Annual report of the Imperial Bacteriologist
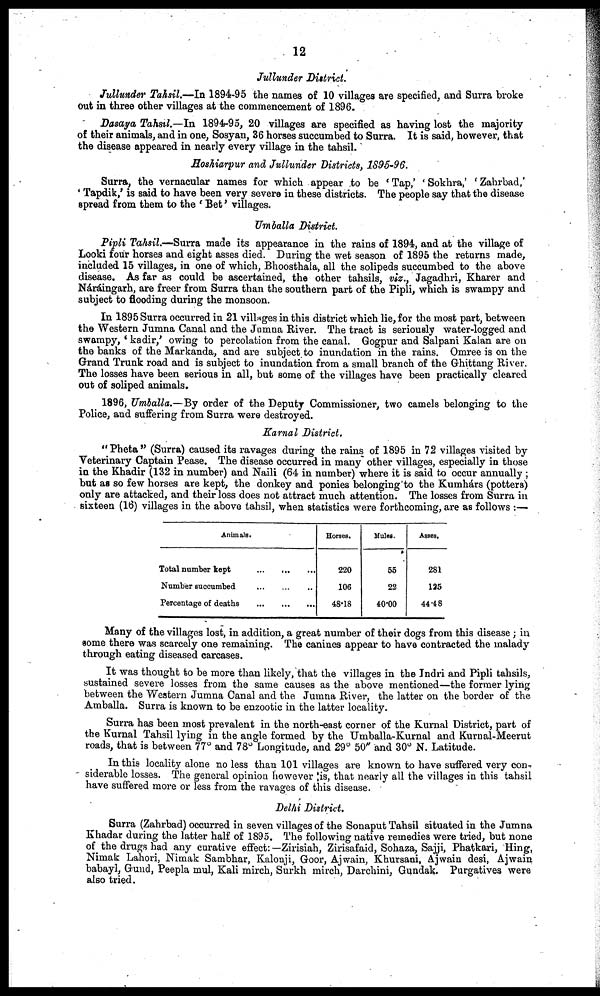
12
Jullunder District.
Jullunder Tahsil.—In 1894-95 the names of 10 villages are specified, and Surra broke
out in three other villages at the commencement of 1896.
Dasaya Tahsil.—In 1894-95, 20 villages are specified as having lost the majority
of their animals, and in one, Sosyan, 36 horses succumbed to Surra. It is said, however, that
the disease appeared in nearly every village in the tahsil.
Hoshiarpur and Jullunder Districts, 1895-96.
Surra, the vernacular names for which appear to be 'Tap,' 'Sokhra,' 'Zahrbad,'
' Tapdik,' is said to have been very severe in these districts. The people say that the disease
spread from them to the ' Bet' villages.
Umballa District.
Pipli Tahsil.—Surra made its appearance in the rains of 1894, and at the village of
Looki four horses and eight asses died. During the wet season of 1895 the returns made,
included 15 villages, in one of which, Bhoosthala, all the solipeds succumbed to the above
disease. As far as could be ascertained, the other tahsils, viz., Jagadhri, Kharer and
Náráingarh, are freer from Surra than the southern part of the Pipli, which is swampy and
subject to flooding during the monsoon.
In 1895 Surra occurred in 21 villages in this district which lie, for the most part, between
the Western Jumna Canal and the Jumna River. The tract is seriously water-logged and
swampy, ' kadir,' owing to percolation from the canal. Gogpur and Salpani Kalan are on
the banks of the Markanda, and are subject to inundation in the rains. Omree is on the
Grand Trunk road and is subject to inundation from a small branch of the Ghittang River.
The losses have been serious in all, but some of the villages have been practically cleared
out of soliped animals.
1896, Umballa.—By order of the Deputy Commissioner, two camels belonging to the
Police, and suffering from Surra were destroyed.
Karnal District.
"Pheta" (Surra) caused its ravages during the rains of 1895 in 72 villages visited by
Veterinary Captain Pease. The disease occurred in many other villages, especially in those
in the Khadir (132 in number) and Naili (64 in number) where it is said to occur annually ;
but as so few horses are kept, the donkey and ponies belonging to the Kumhárs (potters)
only are attacked, and their loss does not attract much attention. The losses from Surra in
sixteen (16) villages in the above tahsil, when statistics were forthcoming, are as follows :—
Animals.
Total number kept
Number succumbed
Percentage of deaths
Horses.
220
106
48.18
Mules.
55
22
40.00
Asses.
281
125
44.48
Many of the villages lost, in addition, a great number of their dogs from this disease; in
some there was scarcely one remaining. The canines appear to have contracted the malady
through eating diseased carcases.
It was thought to be more than likely, that the villages in the Indri and Pipli tahsils,
sustained severe losses from the same causes as the above mentioned—the former lying
between the Western Jumna Canal and the Jumna River, the latter on the border of the
Amballa. Surra is known to be enzootic in the latter locality.
Surra has been most prevalent in the north-east corner of the Kurnal District, part of
the Kurnal Tahsil lying in the angle formed by the Umballa-Kurnal and Kurnal-Meerut
roads, that is between 77° and 78° Longitude, and 29° 50" and 30° N. Latitude.
In this locality alone no less than 101 villages are known to have suffered very con-
siderable losses. The general opinion however is, that nearly all the villages in this tahsil
have suffered more or less from the ravages of this disease.
Delhi District.
Surra (Zahrbad) occurred in seven villages of the Sonaput Tahsil situated in the Jumna
Khadar during the latter half of 1895. The following native remedies were tried, but none
of the drugs had any curative effect: —Zirisiah, Zirisafaid, Sohaza, Sajji, Phatkari, Hing,
Nimak Lahori, Nimak Sambhar, Kalonji, Goor, Ajwain, Khursani, Ajwain desi, Ajwain
babayl, Gund, Peepla mul, Kali mirch, Surkh mirch, Darchini, Gundak. Purgatives were
also tried.